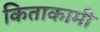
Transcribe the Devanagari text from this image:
किताकामी